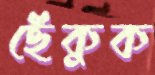
ছেঁকুক